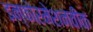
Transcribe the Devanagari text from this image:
इन्फोरमेशनवीक